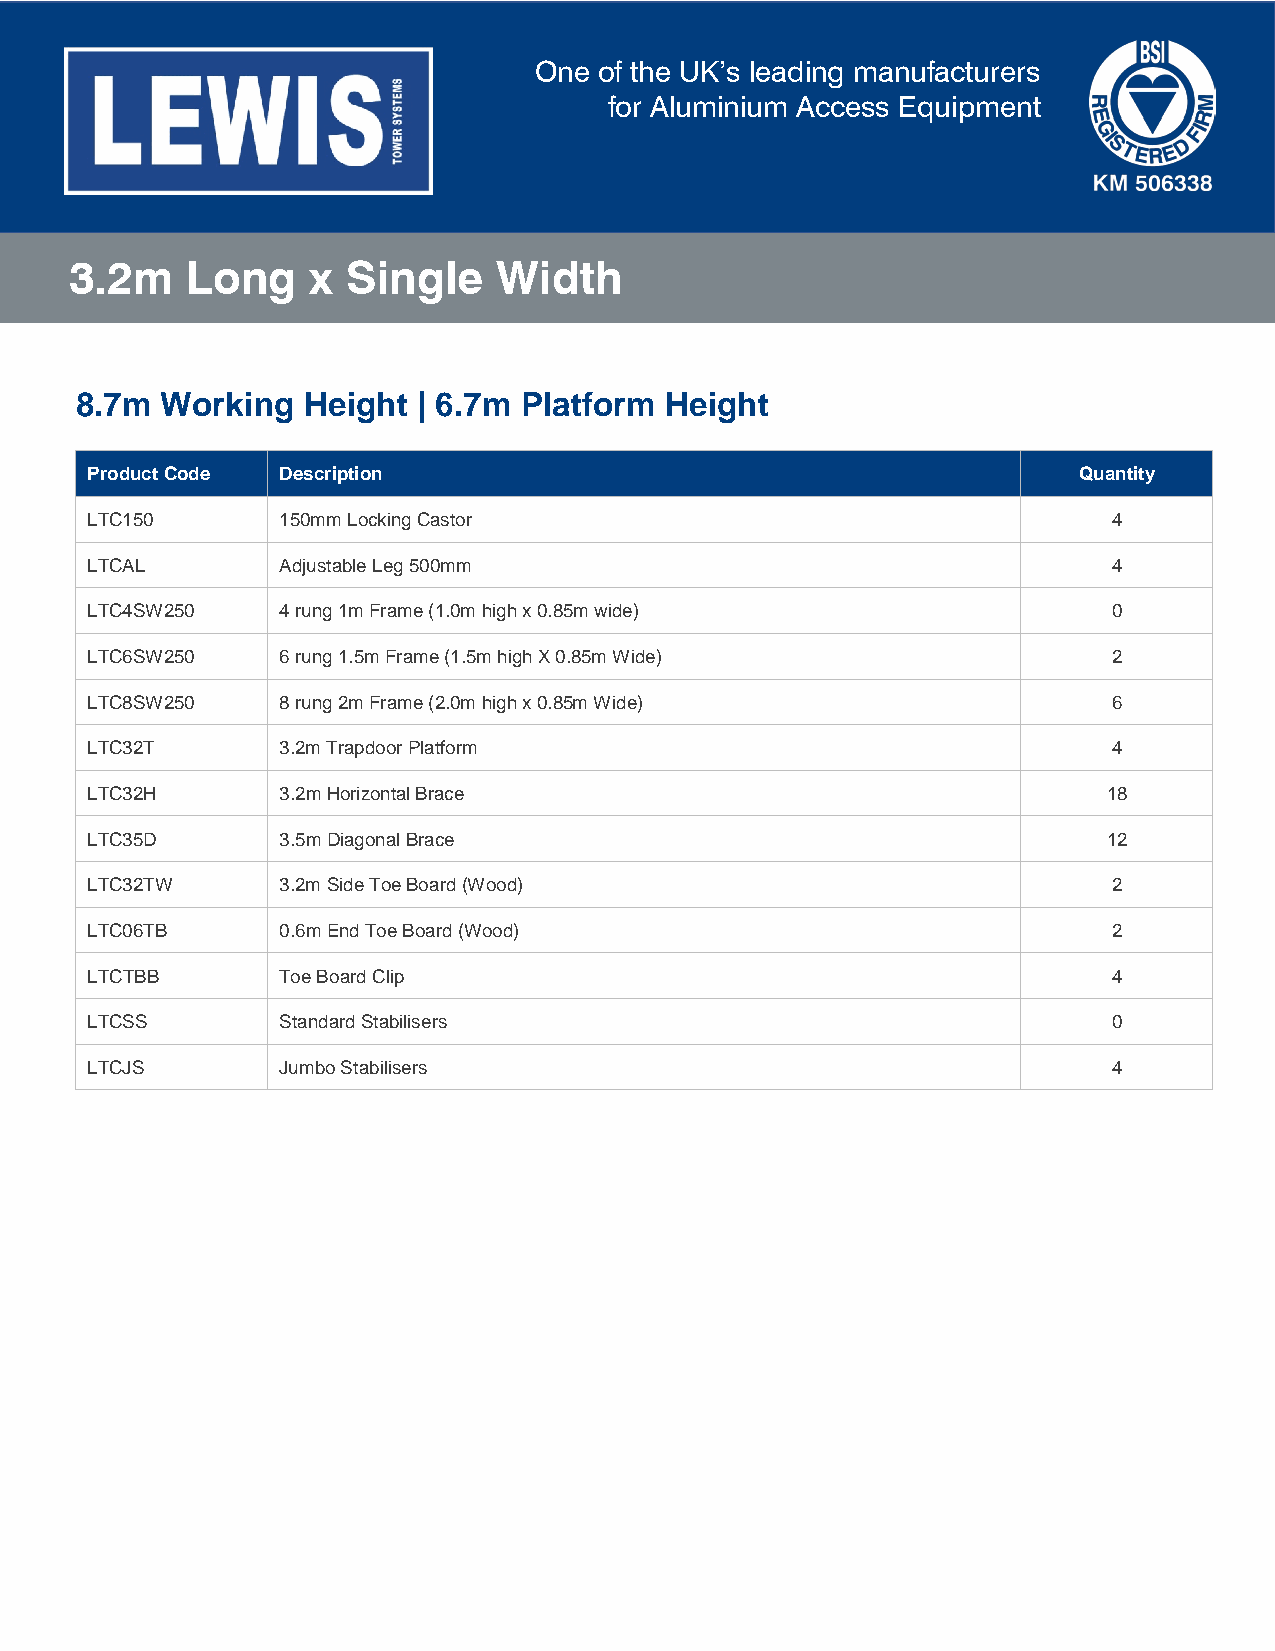
One  of the UK’s leading manufacturers
 for Aluminium Access Equipment
 3.2m   Long     x Single    Width
 8.7m  Working  Height  | 6.7m Platform Height
 Product Code Description                                         Quantity
 LTC150      150mm Locking Castor                                    4
 LTCAL       Adjustable Leg 500mm                                    4
 LTC4SW250   4 rung 1m Frame (1.0m high x 0.85m wide)                0
 LTC6SW250   6 rung 1.5m Frame (1.5m high X 0.85m Wide)              2
 LTC8SW250   8 rung 2m Frame (2.0m high x 0.85m Wide)                6
 LTC32T      3.2m Trapdoor Platform                                  4
 LTC32H      3.2m Horizontal Brace                                  18
 LTC35D      3.5m Diagonal Brace                                    12
 LTC32TW     3.2m Side Toe Board (Wood)                              2
 LTC06TB     0.6m End Toe Board (Wood)                               2
 LTCTBB      Toe Board Clip                                          4
 LTCSS       Standard Stabilisers                                    0
 LTCJS       Jumbo Stabilisers                                       4